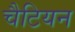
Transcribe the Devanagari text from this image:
चैटियन